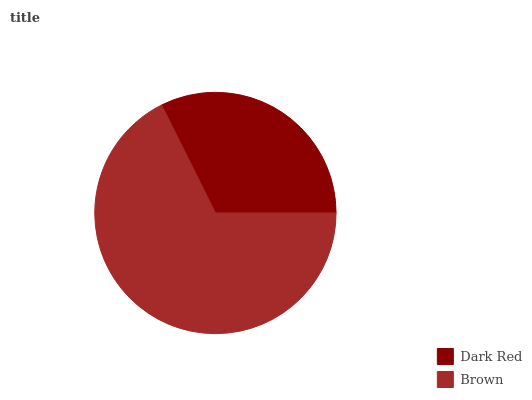
| Dark Red | Brown |
 | --- | --- |
 | 32.3% | 67.7% |